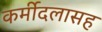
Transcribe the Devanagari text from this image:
कर्मीदलासह